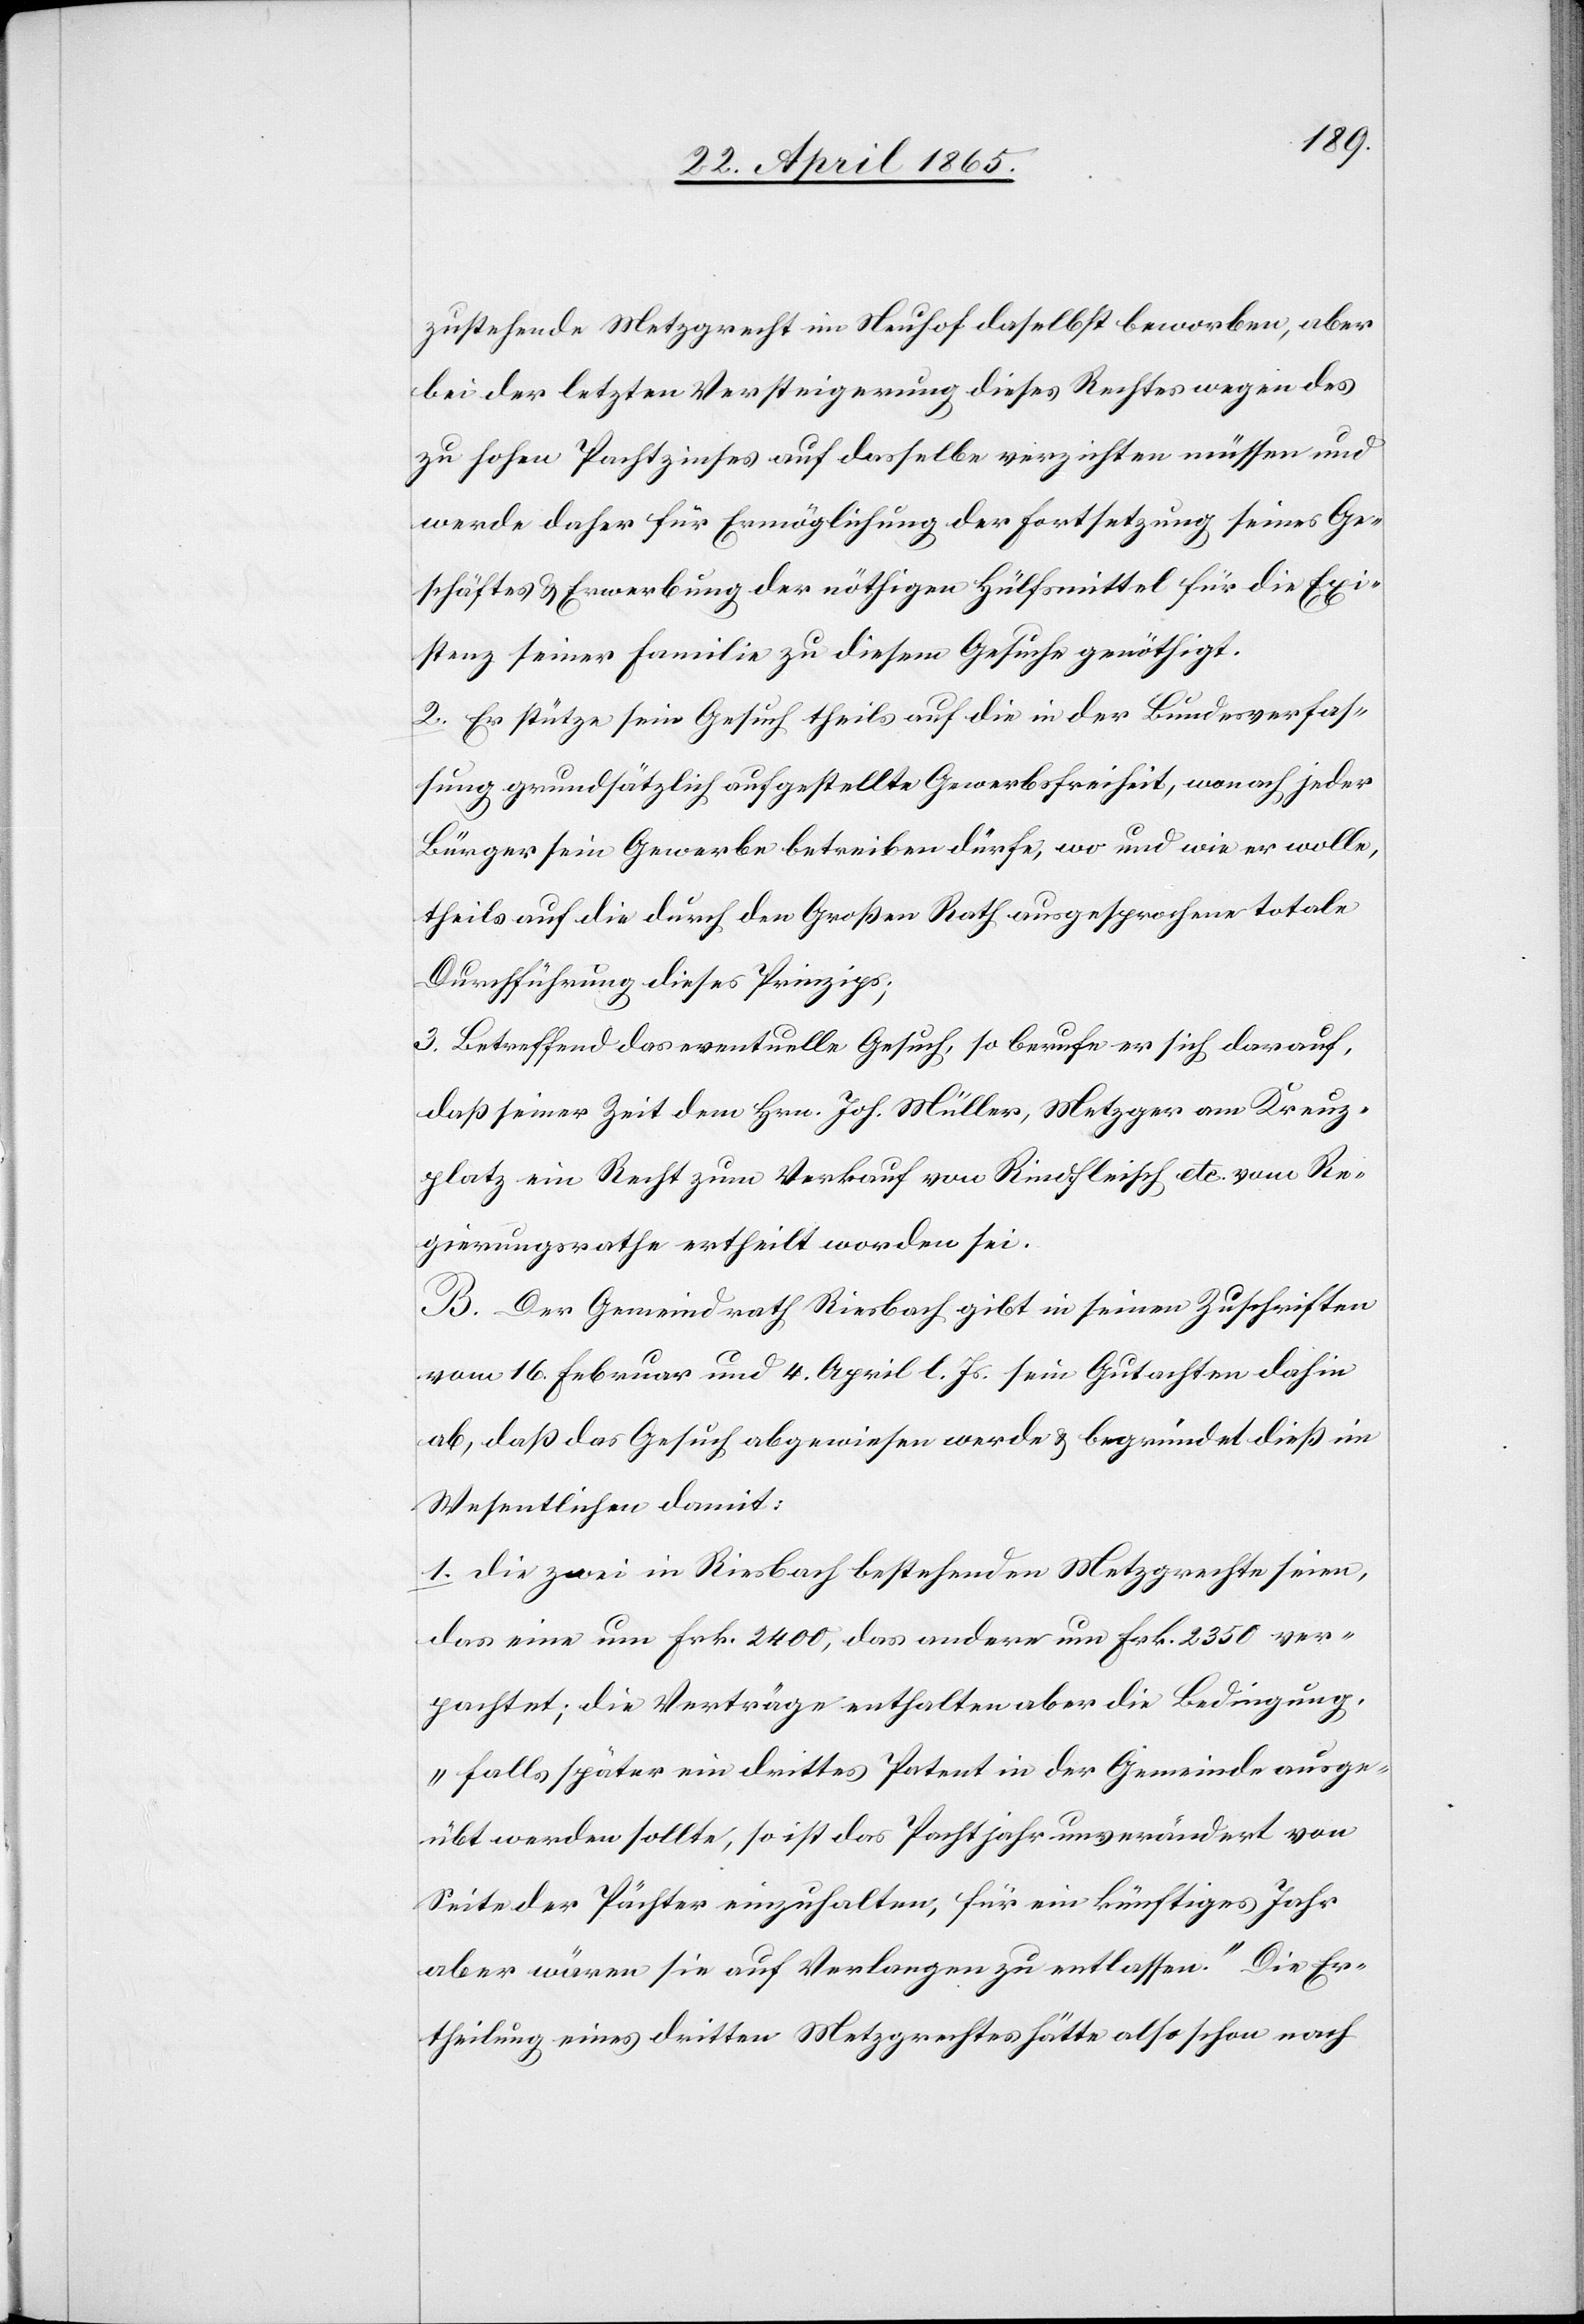
zustehende Metzgrecht im Neuhof daselbst beworben, aber
bei der letzten Versteigerung dieses Rechtes wegen des
zu hohen Pachtzinses auf dasselbe verzichten müssen und
werde daher für Ermöglichung der Fortsetzung seines Ge¬
schäftes & Erwerbung der nöthigen Hülfsmittel für die Exi¬
stenz seiner Familie zu diesem Gesuche genöthigt.
2. Er stütze sein Gesuch theils auf die in der Bundesverfas¬
sung grundsätzlich aufgestellte Gewerbsfreiheit, wonach jeder
Bürger sein Gewerbe betreiben dürfe, wo und wie er wolle,
theils auf die durch den Großen Rath ausgesprochene totale
Durchführung dieses Prinzips;
3. Betreffend das eventuelle Gesuch, so berufe er sich darauf,
daß seiner Zeit dem Hrn. Joh. Müller, Metzger am Kreuz¬
platz ein Recht zum Verkauf von Rindfleisch etc. vom Re¬
gierungsrathe ertheilt worden sei.
B. Der Gemeindrath Riesbach gibt in seinen Zuschriften
vom 16. Februar und 4. April l. Js. sein Gutachten dahin
ab, daß das Gesuch abgewiesen werde & begründet dieß im
Wesentlichen damit:
1. Die zwei in Riesbach bestehenden Metzgrechte seien,
das eine um Frk. 2400, das andere um Frk. 2350 ver¬
pachtet; die Verträge enthalten aber die Bedingung,
„falls später ein drittes Patent in der Gemeinde ausge¬
übt werden sollte, so ist das Pachtjahr unverändert von
Seite der Pächter einzuhalten, für ein künftiges Jahr
aber wären sie auf Verlangen zu entlassen.“ Die Er¬
theilung eines dritten Metzgrechtes hätte also schon nach